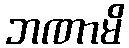
ဘဏာမိ